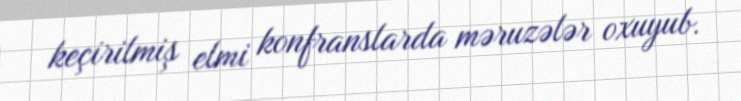
keçirilmiş elmi konfranslarda məruzələr oxuyub.